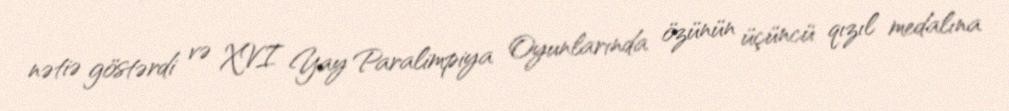
nətiə göstərdi və XVI Yay Paralimpiya Oyunlarında özünün üçüncü qızıl medalına